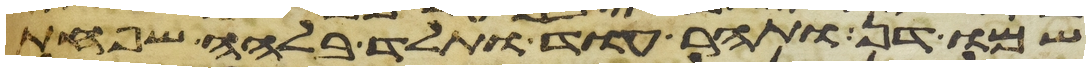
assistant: שמו דן ותהר עוד ותלד בלהה שפחת